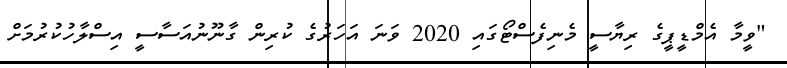
"ވީމާ އެމްޑީޕީގެ ރިޔާސީ މެނިފެސްޓޯގައި 2020 ވަނަ އަހަރުގެ ކުރިން ގާނޫނުއަސާސީ އިސްލާހުކުރުމަށް